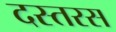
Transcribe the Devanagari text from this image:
दस्तरस